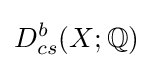
D_{cs}^{b}(X;\mathbb {Q} )